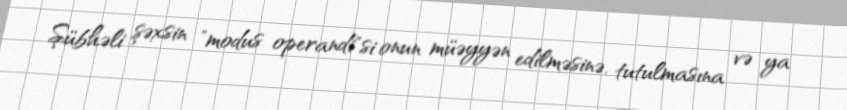
Şübhəli şəxsin "modus operandi"si onun müəyyən edilməsinə, tutulmasına və ya